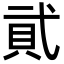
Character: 貮